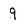
Character: 9